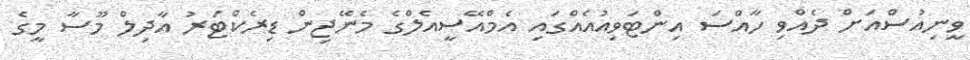
ވީނިއުސްއަށް ދެއްވި ހާއްސަ އިންޓަވިއުއެއްގައި އެމްއޭސީއެލްގެ މެނޭޖިން ޑިރެކްޓަރު އާދިލް މޫސާ މީގެ